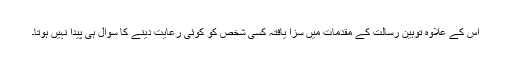
اس کے علاوہ توہین رسالت کے مقدمات میں سزا یافتہ کسی شخص کو کوئی رعایت دینے کا سوال ہی پیدا نہیں ہوتا۔